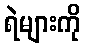
ရဲများကို